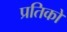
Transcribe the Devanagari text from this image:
प्रतिकों